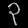
Digit: ၃